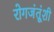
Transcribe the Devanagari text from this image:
रोगजंतूंशी